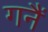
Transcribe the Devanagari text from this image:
गनैं